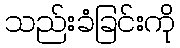
သည်းခံခြင်းကို